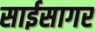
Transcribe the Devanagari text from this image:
साईसागर